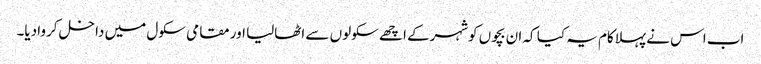
اب اس نے پہلاکام یہ کیا کہ ان بچوں کوشہرکے اچھے سکولوں سے اٹھالیا اور مقامی سکول میں داخل کروادیا۔